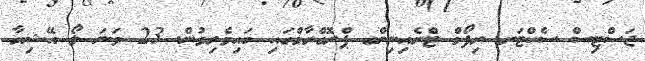
ޖަސްޓިސް ސެކްޓަރ ރިފޯމް ޓްރެއިނިންގ ޕްރޮގްރާމްގައި ބައިވެރިވުން. 23 ވަނަ ލޯ އޭޝިޔާ